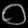
Digit: ၀